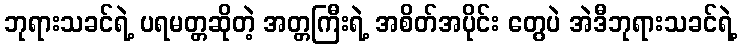
ဘုရားသခင်ရဲ့ ပရမတ္တဆိုတဲ့ အတ္တကြီးရဲ့ အစိတ်အပိုင်း တွေပဲ အဲဒီဘုရားသခင်ရဲ့